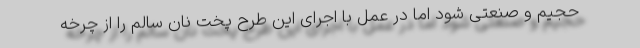
حجیم و صنعتی شود اما در عمل با اجرای این طرح پخت نان سالم را از چرخه